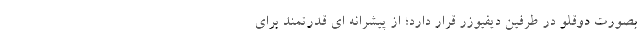
بصورت دوقلو در طرفین دیفیوزر قرار دارد؛ از پیشرانه ای قدرتمند برای